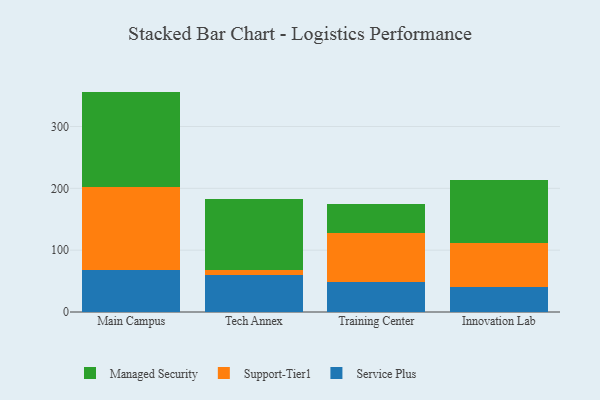
{"axis": {"x": "Campus", "y": "Backlog"}, "legend": ["Managed Security", "Service Plus", "Support-Tier1"], "data": [{"x": "Main Campus", "y": 68.7, "type": "Service Plus"}, {"x": "Main Campus", "y": 133.4, "type": "Support-Tier1"}, {"x": "Main Campus", "y": 154.4, "type": "Managed Security"}, {"x": "Tech Annex", "y": 60.3, "type": "Service Plus"}, {"x": "Tech Annex", "y": 8.1, "type": "Support-Tier1"}, {"x": "Tech Annex", "y": 114.2, "type": "Managed Security"}, {"x": "Training Center", "y": 48.5, "type": "Service Plus"}, {"x": "Training Center", "y": 78.6, "type": "Support-Tier1"}, {"x": "Training Center", "y": 47.5, "type": "Managed Security"}, {"x": "Innovation Lab", "y": 40.3, "type": "Service Plus"}, {"x": "Innovation Lab", "y": 70.6, "type": "Support-Tier1"}, {"x": "Innovation Lab", "y": 103.0, "type": "Managed Security"}]}